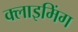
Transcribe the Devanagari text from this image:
क्लाइमिंग